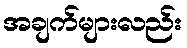
အချက်များလည်း